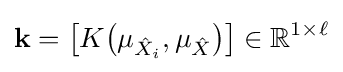
\mathbf {k} ={\big [}K{\big (}\mu _{{\hat {X}}_{i}},\mu _{\hat {X}}{\big )}{\big ]}\in \mathbb {R} ^{1\times \ell }